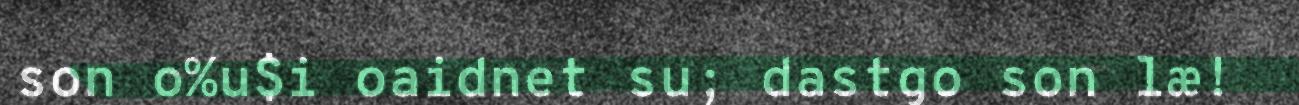
son o%u$i oaidnet su; dastgo son læ!